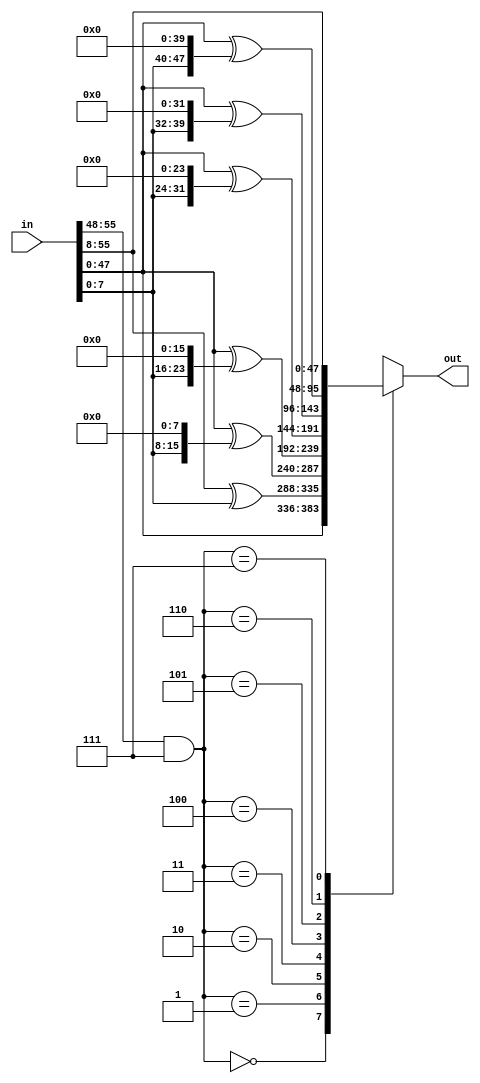
module rfunc_bill(in,out);
input [55:0]in;
output [47:0] out;
reg [47:0] out;

wire[7:0] ddd1; 
assign ddd1=in[55:48]&8'h07;

always @(in)
    case (in[55:48]&8'h07)          // synthesis full_case
        8'h00:
		begin
		out[47:0]=in[47:0];
		end
        8'h01:
		begin
		out[47:0]=in[55:8]^(in[7:0]);
		end
        8'h02:
		begin
		begin
		out[47:0]=in[47:0]^(in[7:0]<<8);
		end
		end
        8'h03:
		begin
		out[47:0]=in[47:0]^(in[7:0]<<16);
		end
        8'h04:
		begin
		out[47:0]=in[47:0]^(in[7:0]<<24);
		end
        8'h05:
		begin
		out[47:0]=in[47:0]^(in[7:0]<<32);
		end
        8'h06:
		begin
		out[47:0]=in[47:0]^(in[7:0]<<40);
		end
        8'h07:
		begin
		out[47:0]=in[55:8];
		end
     
        endcase
endmodule